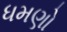
ધમણો